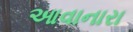
આવાનારા